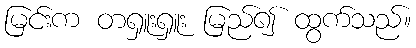
မြင်းက တရှူးရှူး မြည်၍ ထွက်သည်။